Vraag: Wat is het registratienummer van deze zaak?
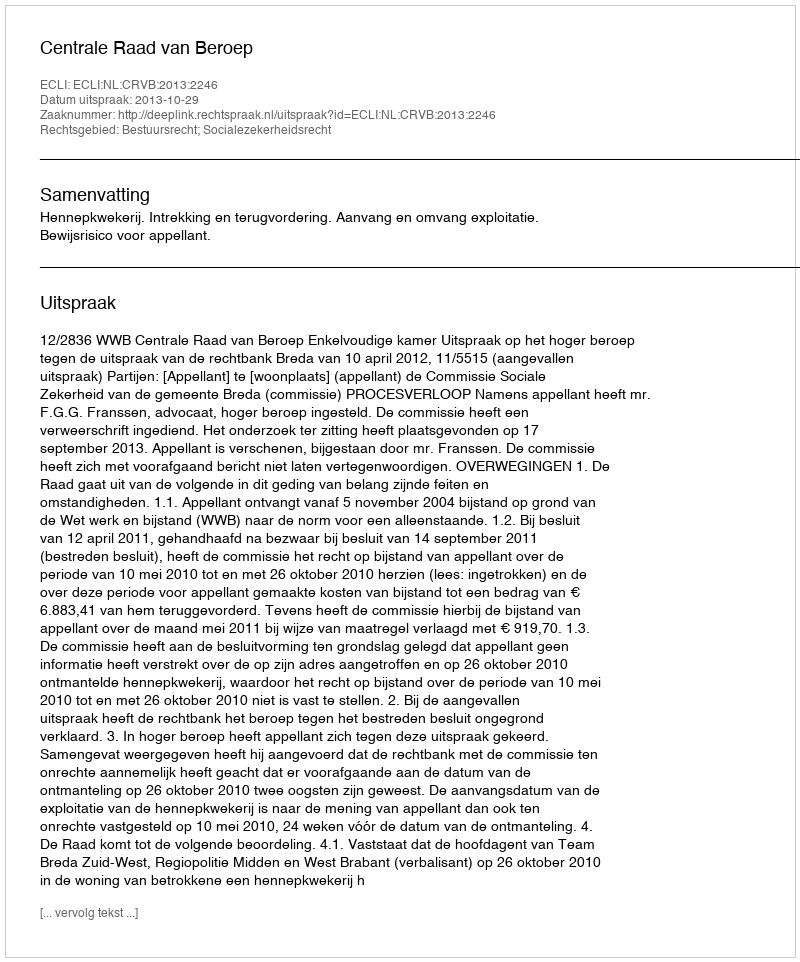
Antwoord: http://deeplink.rechtspraak.nl/uitspraak?id=ECLI:NL:CRVB:2013:2246